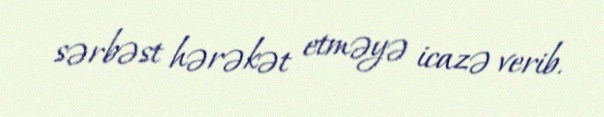
sərbəst hərəkət etməyə icazə verib.